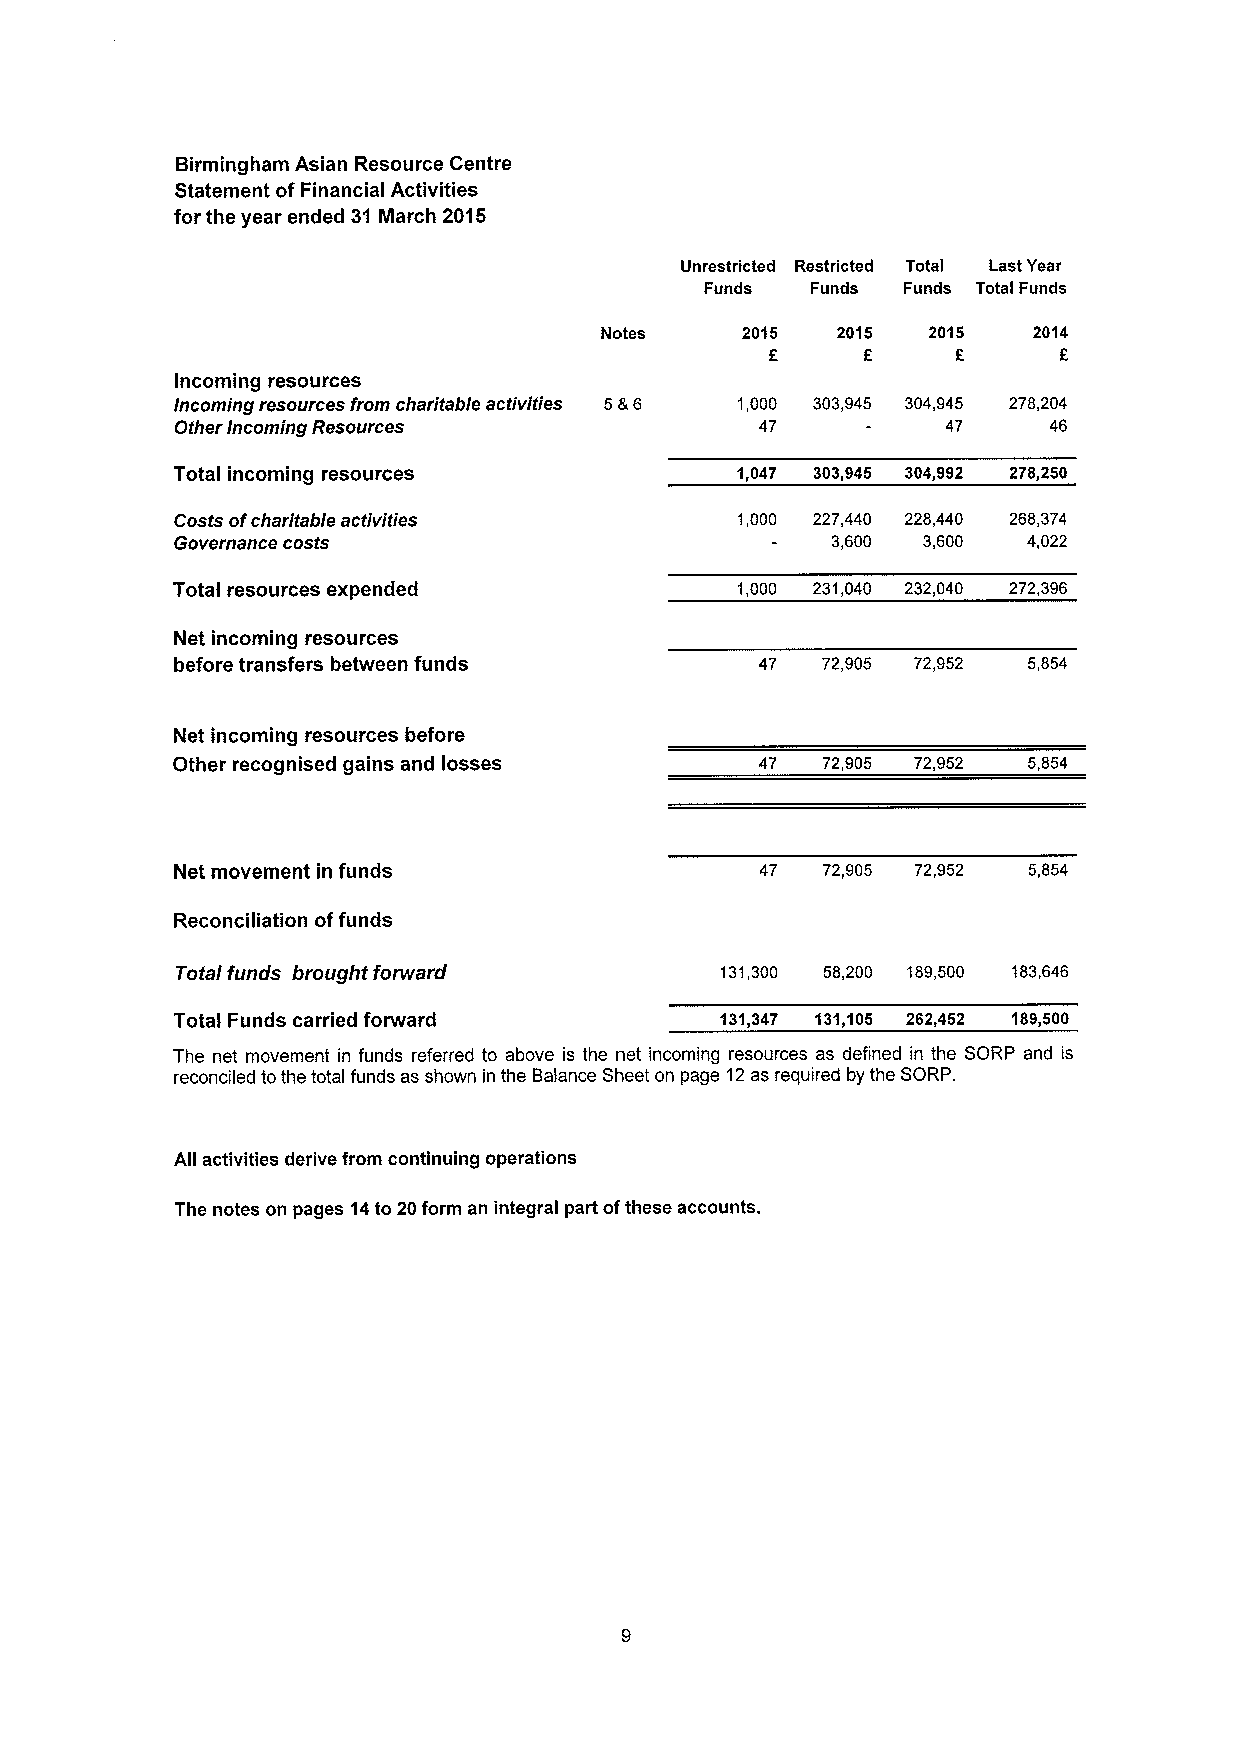
Birmingham Asian Resource Centre
 Statement ofFinancial Activities
 for the year ended 31 March 2015
 Unrestricted Restricted Total Last Year
 Funds  Funds Funds Total Funds
 Notes    2015  2015  2015   2014
 f           f
 F
 Incoming resources
 Incoming resources from charitable activities 5&6 1,000 303,945 304,945 278,204
 Other Incoming Resources              47           47    46
 Total incoming resources              1,047 303,945 304,992 278,250
 Costs ofcharitable activities        1,000 227,440 228,440 268,374
 Governance costs                           3,600 3,600  4,022
 Total resources expended              1,000 231,040 232,040 272,396
 Net incoming resources
 before transfers between funds         47  72,905 72,952 5,854
 Net incoming resources before
 Other recognised gains and losses      47  72,905 72,952 5,854
 Net movement in funds                 47  72,905 72,952 5,854
 Reconciliation offunds
 Total funds brought forward         131,300 58,200 189,500 183,646
 Total Funds carried forward          131,347 131,105 262,452 189,500
 The net movement in funds referred to above is the net incoming resources as defined in the SORP and is
 reconciled tothe total funds as shown in the Balance Sheet on page 12as required by the SORP.
 All activities derive from continuing operations
 The notes on pages 14to 20form an integral part ofthese accounts.